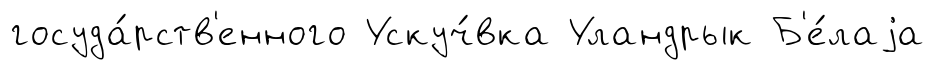
госуда́рств'енного Ускуч́вка Уландрык Б'е́лаjа